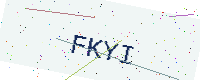
Text: FKYI